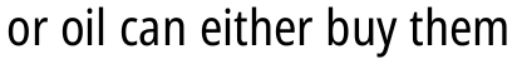
or oil can either buy them